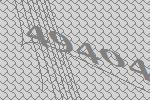
49404